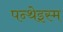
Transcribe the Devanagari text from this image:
पन्थेइस्म